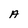
Character: A